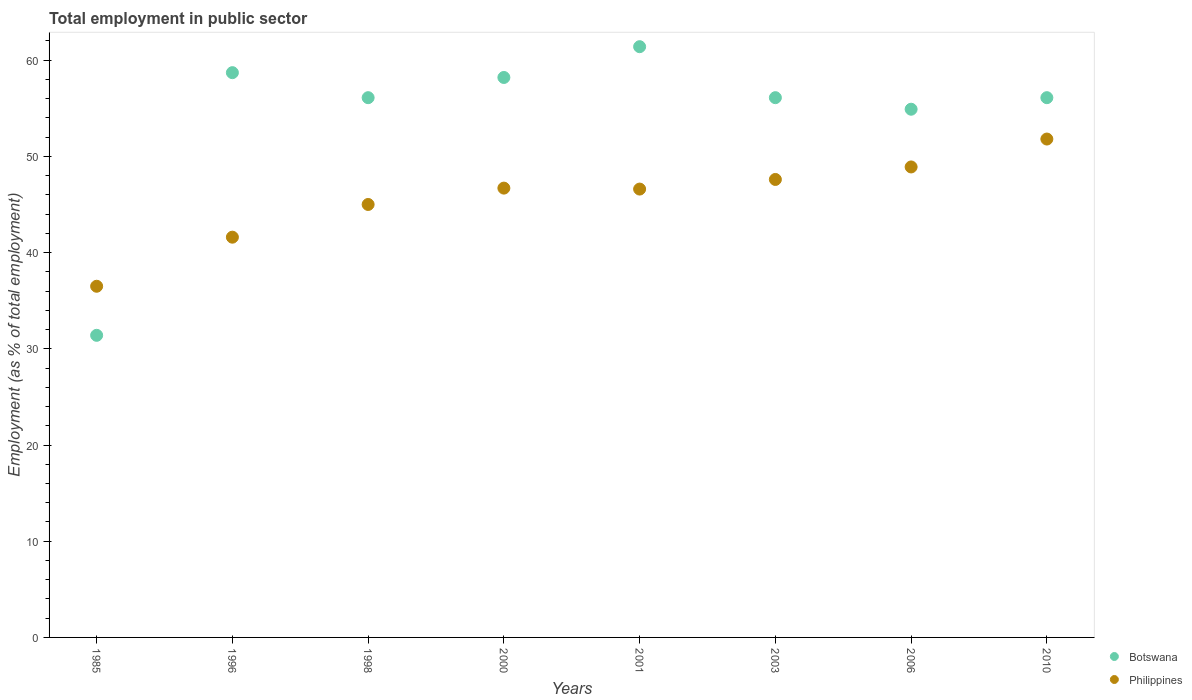
| Years | Botswana | Philippines |
 | --- | --- | --- |
 | 1985 | 31.4 | 36.5 |
 | 1996 | 58.7 | 41.6 |
 | 1998 | 56.1 | 45 |
 | 2000 | 58.2 | 46.7 |
 | 2001 | 61.4 | 46.6 |
 | 2003 | 56.1 | 47.6 |
 | 2006 | 54.9 | 48.9 |
 | 2010 | 56.1 | 51.8 |